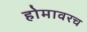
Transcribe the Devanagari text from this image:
होमावरच